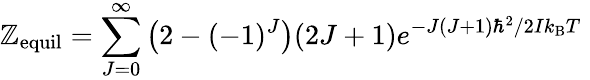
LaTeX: \mathbb{Z}_{\mathrm{{equil}}}=\sum_{J=0}^{\infty}{\left(2-(-1)^{J}\right)(2J+1)e^{{-J(J+1)\hbar^{2}}/{2Ik_{\mathrm{{B}}}T}\; }}